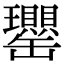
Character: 𦉦